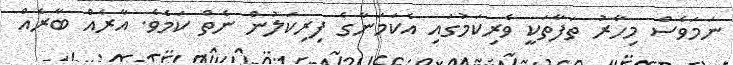
ނަމަވެސް މިހާރު ތަފާތަކީ ވެރިކަމުގައި އެކަމަނާގެ ފިރިކަލުން ނެތް ކަމެވެ. އާރެއް ބާރެއް